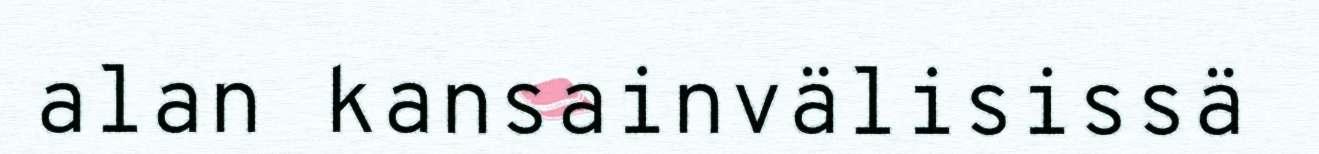
alan kansainvälisissä